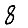
Digit: 8